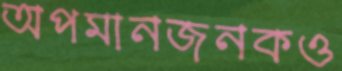
অপমানজনকও